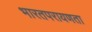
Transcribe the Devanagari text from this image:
भारतपरायणता